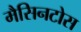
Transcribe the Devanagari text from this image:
मैसिनटोस